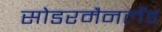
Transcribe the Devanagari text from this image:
सोडरमैनलैंड